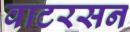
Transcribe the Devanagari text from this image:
वाटरसन